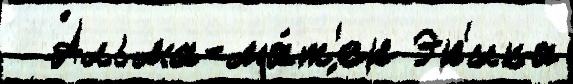
  А́льма-ма́т'ер Эр'ика